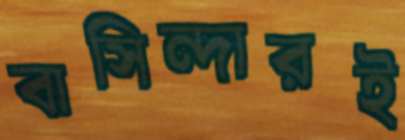
বাসিন্দারই